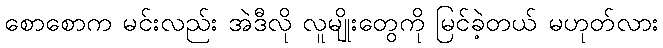
စောစောက မင်းလည်း အဲဒီလို လူမျိုးတွေကို မြင်ခဲ့တယ် မဟုတ်လား